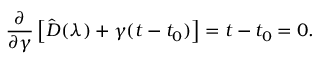
\frac { \partial } { \partial \gamma } \left[ \hat { D } ( \boldsymbol { \lambda } ) + \gamma ( t - t _ { 0 } ) \right] = t - t _ { 0 } = 0 .